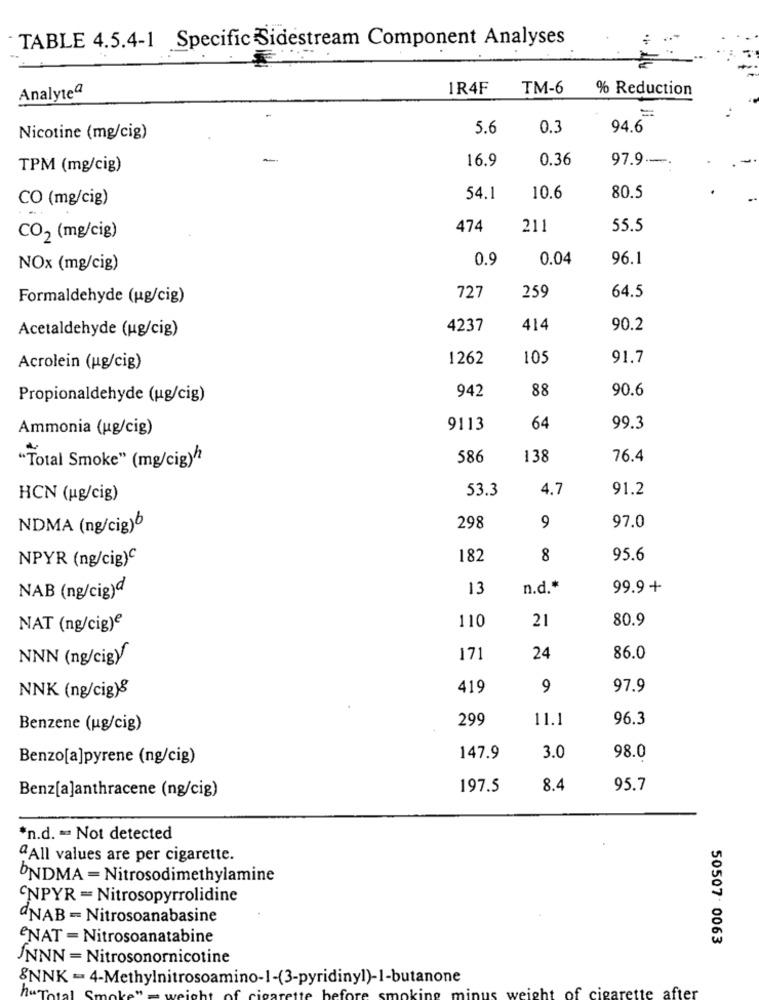
· TABLE 4.5.4-1 Specific Sidestream Component Analyses
Analyteª
1R4F
TM-6
% Reduction
-
5.6
0.3
94.6
Nicotine (mg/cig)
0.36
97.9 .-
TPM (mg/cig)
16.9
CO (mg/cig)
54.1
10.6
80.5
474
211
55.5
CO2 (mg/cig)
0.9
0.04
96.1
NOx (mg/cig)
64.5
Formaldehyde (ug/cig)
727
259
Acetaldehyde (ug/cig)
4237
414
90.2
1262
105
91.7
Acrolein (ug/cig)
942
88
90.6
Propionaldehyde (ug/cig)
Ammonia (ug/cig)
9113
64
99.3
586
138
76.4
"Total Smoke" (mg/cig)/
53.3
4.7
91.2
HCN (ug/cig)
NDMA (ng/cig)₺
298
9
97.0
NPYR (ng/cig)℃
182
8
95.6
13
n.d .*
99.9+
NAB (ng/cig)d
21
80.9
NAT (ng/cig)e
110
NNN (ng/cigy
171
24
86.0
NNK (ng/cig)&
419
9
97.9
299
11.1
96.3
Benzene (ug/cig)
Benzo[a]pyrene (ng/cig)
147.9
3.0
98.0
Benz[a]anthracene (ng/cig)
197.5
8.4
95.7
*n.d. - Not detected
ªAll values are per cigarette.
UNDMA = Nitrosodimethylamine
'NPYR = Nitrosopyrrolidine
"NAB = Nitrosoanabasine
eNAT = Nitrosoanatabine
50507: 0063
NNN = Nitrosonornicotine
&NNK = 4-Methylnitrosoamino-1-(3-pyridinyl)-1-butanone
hu
smoking
weight
f cigarette after
mi